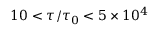
1 0 < \tau / \tau _ { 0 } < 5 \times 1 0 ^ { 4 }